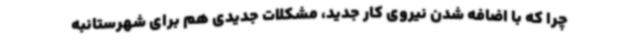
چرا که با اضافه شدن نیروی کار جدید، مشکلات جدیدی هم برای شهرستانبه